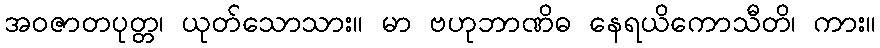
အဝဇာတပုတ္တ၊ ယုတ်သောသား။ မာ ဗဟုဘာဏိဓ နေရယိကောသီတိ၊ ကား။